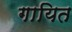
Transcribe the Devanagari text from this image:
गायित